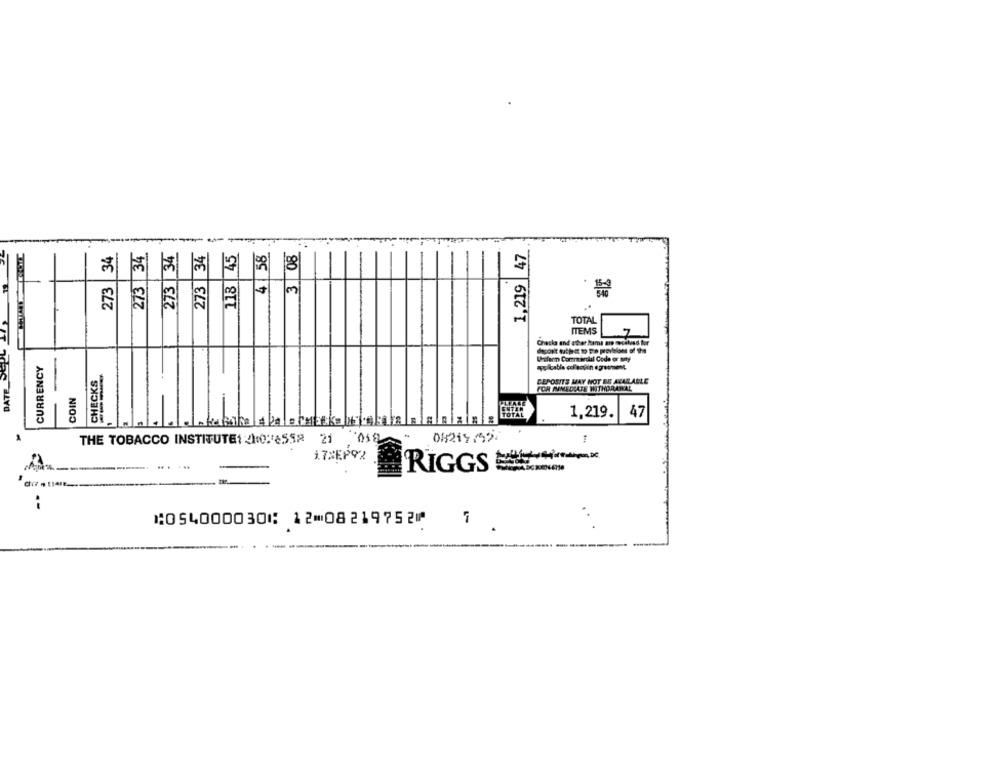
34
273 34
34
45
58
3 08
47
273 34
DATE DOPO 2 19
41
273
273
118
1,219
TOTAL
ITEMS
decort tuthis to tra previsione of the
Uniform Commercial Code or say
CURRENCY
CHECKS
DEPOSITS MAY NOT BE AKAR ALLE
FOR MINEDIATE MITHORARAL
COIN
TOTAL
1,219.
47
THE TOBACCO INSTITUTE1 2110:18552 21
08219752
1
1.7XEPOR
RIGGS
-.
⑆054000030⑆ 12⑉08219752⑈